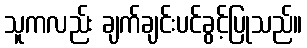
သူကလည်း ချက်ချင်းပင်ခွင့်ပြုသည်။